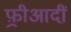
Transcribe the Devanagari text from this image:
फ़्रीआदीं